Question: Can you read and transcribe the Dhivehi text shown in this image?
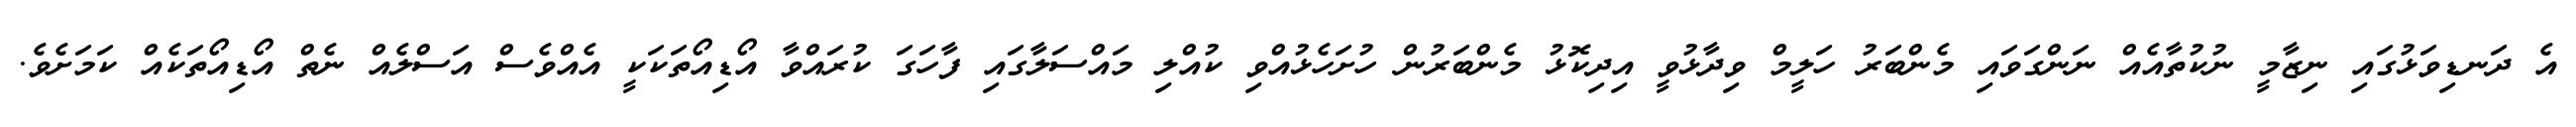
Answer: އެ ދަނޑިވަޅުގައި ނިޒާމީ ނުކުތާއެއް ނަންގަވައި މެންބަރު ހަލީމް ވިދާޅުވީ އިދިކޮޅު މެންބަރުން ހުށަހެޅުއްވި ކުއްލި މައްސަލާގައި ފާހަގަ ކުރައްވާ އޯޑިއޯތަކަކީ އެއްވެސް އަސްލެއް ނެތް އޯޑިއޯތަކެއް ކަމަށެވެ.